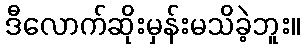
ဒီလောက်ဆိုးမှန်းမသိခဲ့ဘူး။